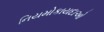
નિયમોકાયદાઓ